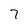
Character: 7